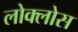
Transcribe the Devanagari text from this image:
लोक्लोस